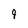
Character: 9